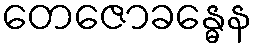
တေဇောခန္ဓေန